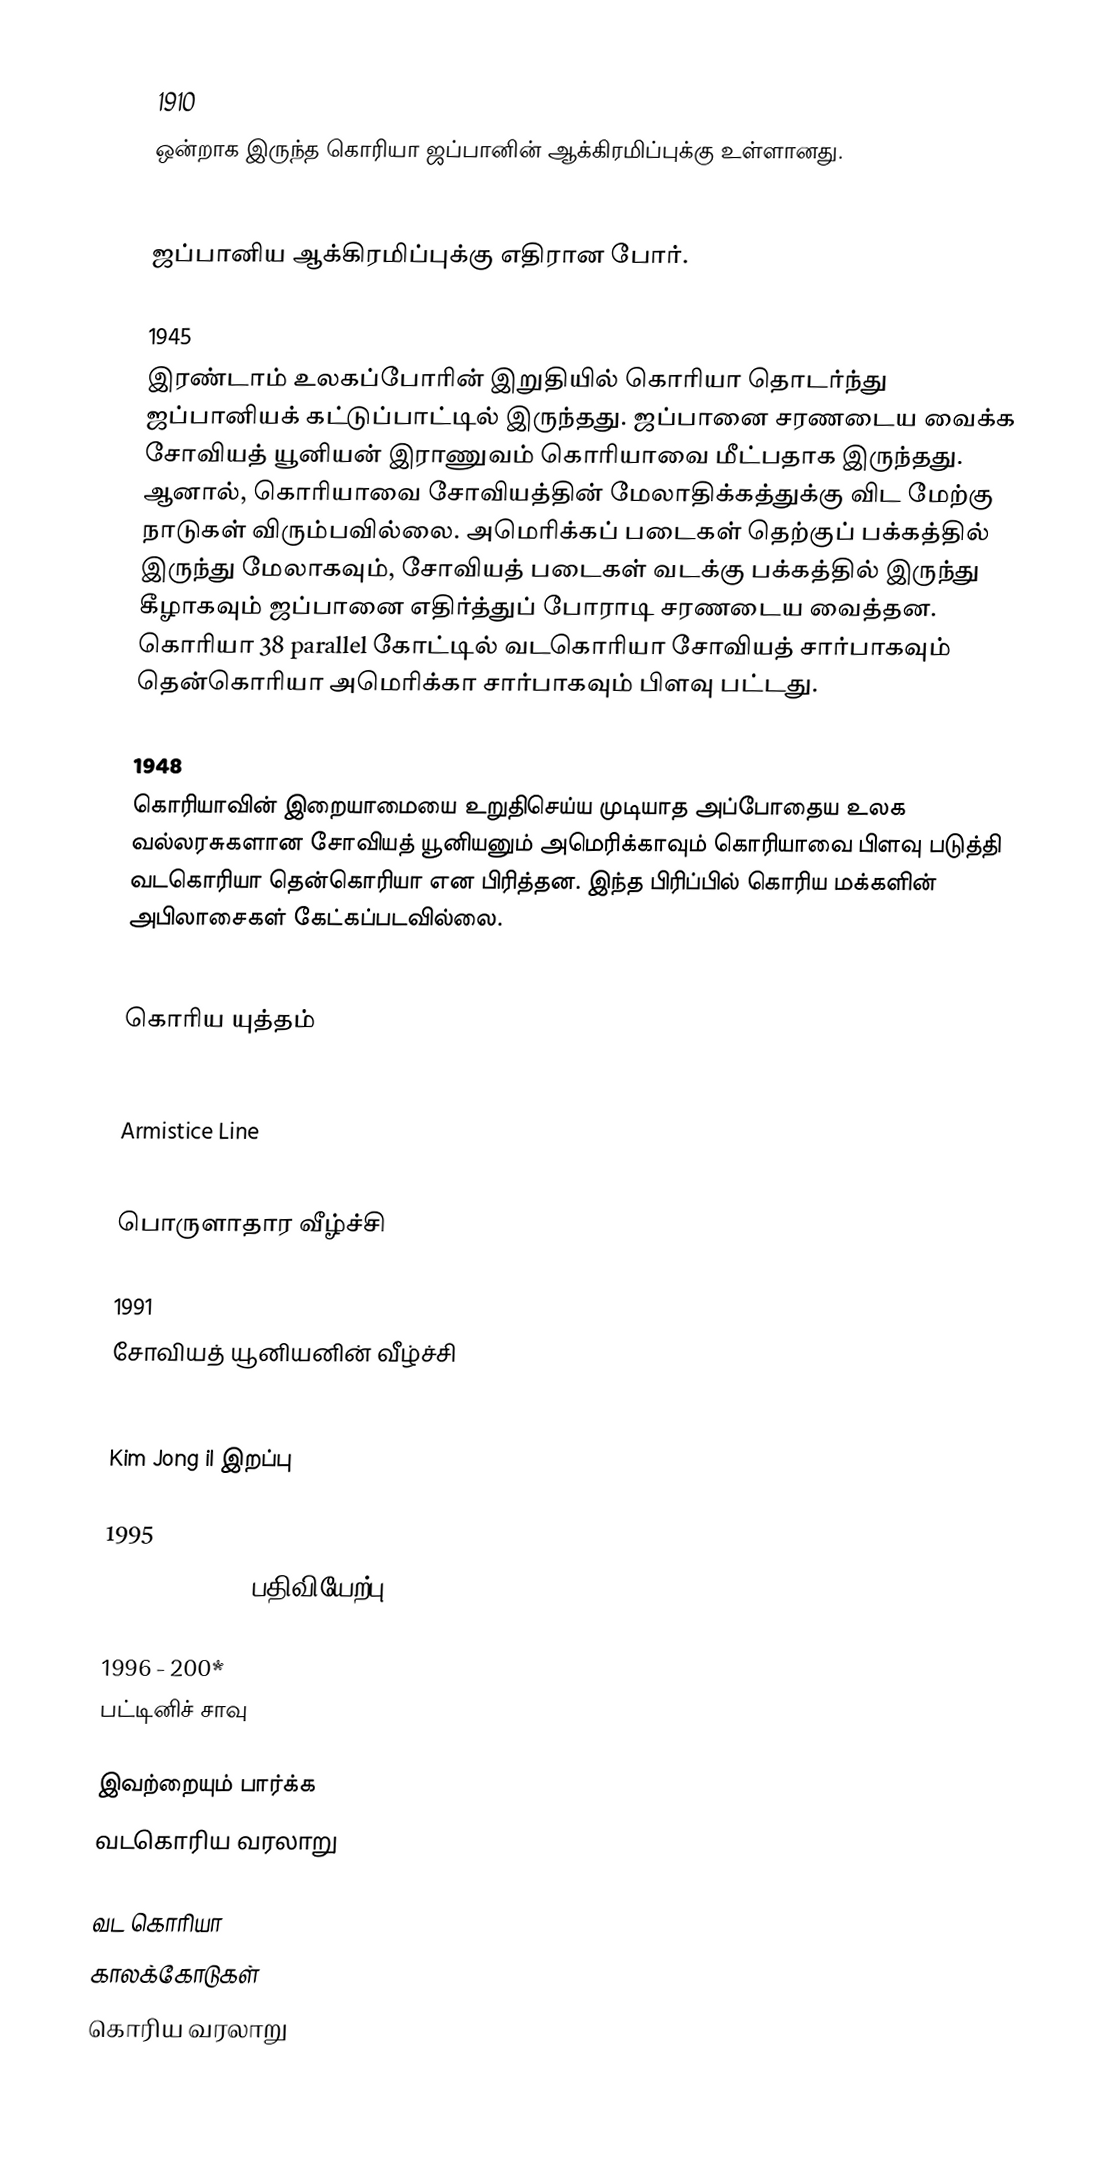

1910
 ஒன்றாக இருந்த கொரியா ஜப்பானின் ஆக்கிரமிப்புக்கு உள்ளானது.

1941
 ஜப்பானிய ஆக்கிரமிப்புக்கு எதிரான போர்.

1945
 இரண்டாம் உலகப்போரின் இறுதியில் கொரியா தொடர்ந்து ஜப்பானியக் கட்டுப்பாட்டில் இருந்தது.  ஜப்பானை சரணடைய வைக்க சோவியத் யூனியன் இராணுவம் கொரியாவை மீட்பதாக இருந்தது.  ஆனால், கொரியாவை சோவியத்தின் மேலாதிக்கத்துக்கு விட மேற்கு நாடுகள் விரும்பவில்லை.  அமெரிக்கப் படைகள் தெற்குப் பக்கத்தில் இருந்து மேலாகவும், சோவியத் படைகள் வடக்கு பக்கத்தில் இருந்து கீழாகவும் ஜப்பானை எதிர்த்துப் போராடி சரணடைய வைத்தன.  கொரியா 38 parallel கோட்டில்  வடகொரியா சோவியத் சார்பாகவும் தென்கொரியா அமெரிக்கா சார்பாகவும் பிளவு பட்டது.

1948
 கொரியாவின் இறையாமையை உறுதிசெய்ய முடியாத அப்போதைய உலக வல்லரசுகளான சோவியத் யூனியனும் அமெரிக்காவும் கொரியாவை பிளவு படுத்தி வடகொரியா தென்கொரியா என பிரித்தன.  இந்த பிரிப்பில் கொரிய மக்களின் அபிலாசைகள் கேட்கப்படவில்லை.

1950
 கொரிய யுத்தம்

1953
 Armistice Line

1970 - 200**
 பொருளாதார வீழ்ச்சி

1991
 சோவியத் யூனியனின் வீழ்ச்சி

1994
 Kim Jong il இறப்பு

1995
 Kim Jong il II பதிவியேற்பு

1996 - 200*
 பட்டினிச் சாவு

இவற்றையும் பார்க்க
 வடகொரிய வரலாறு

வட கொரியா
காலக்கோடுகள்
கொரிய வரலாறு